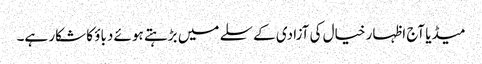
میڈیا آج اظہار خیال کی آزادی کے سلے میں بڑہتے ہوئے دباؤ کا شکار ہے۔